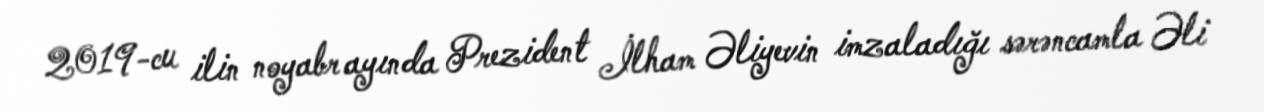
2019-cu ilin noyabr ayında Prezident İlham Əliyevin imzaladığı sərəncamla Əli